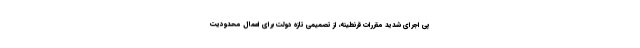
پی اجرای شدید مقررات قرنطینه، از تصمیمی تازه دولت برای اعمال محدودیت